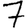
Digit: 7